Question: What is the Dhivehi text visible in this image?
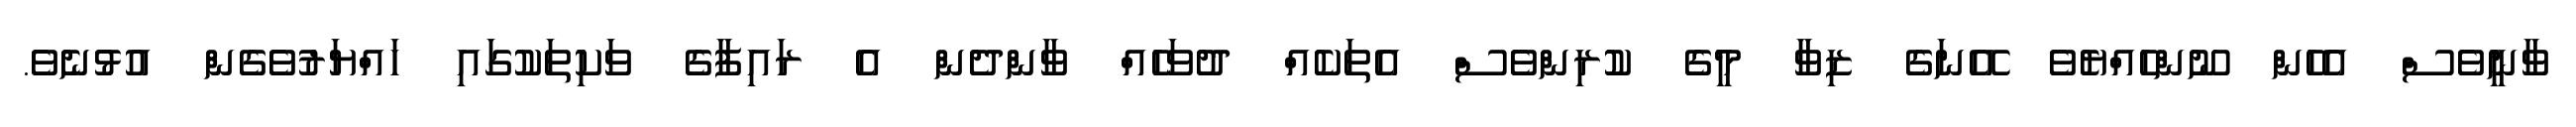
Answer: ވާނީވެސް އެހެން ނޫންހެއްޔެވެ އޭނަގެ ޒިވާ މީގެ ކުރިންވެސް އެތަކެއް ދުވަހެއް ވާންދެން އެ ރައިފާގެ ވަކިތަކުގައި ހައްޔަރުވެގެން އުޅުނެވެ.